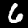
Label: 6